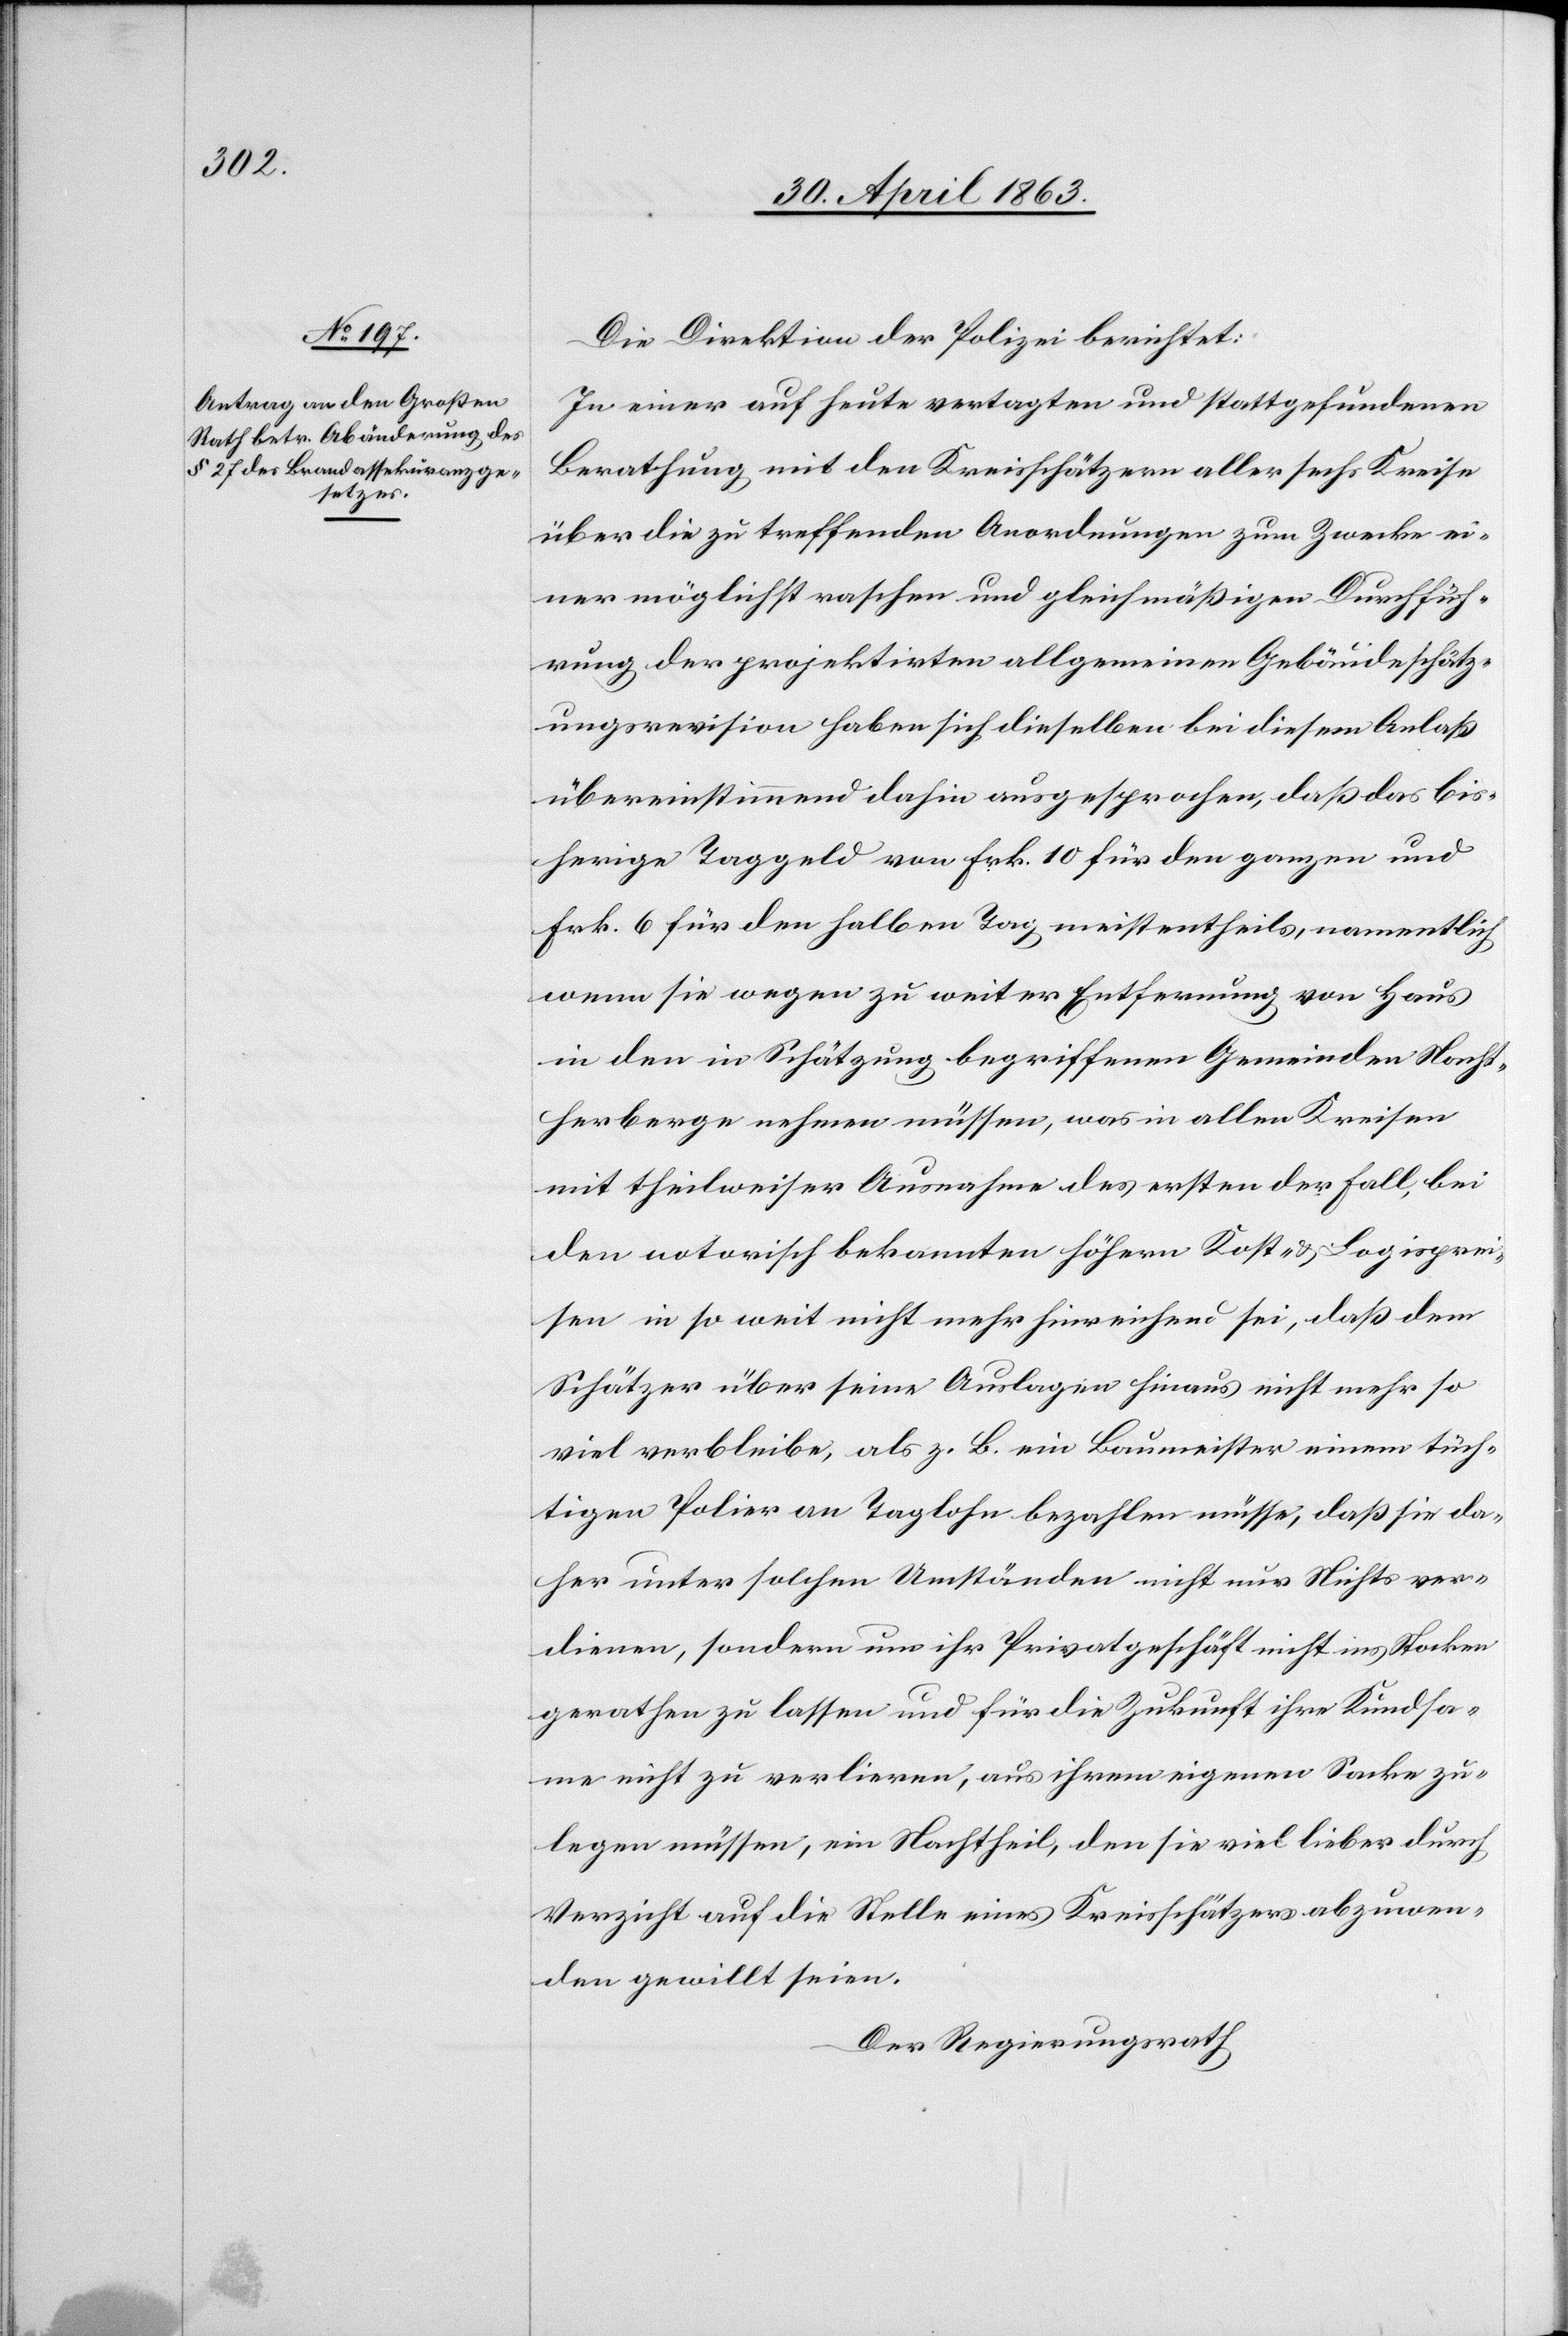
Die Direktion der Polizei berichtet:
In einer auf heute vertagten und stattgefundenen
Berathung mit den Kreisschätzern aller sechs Kreise
über die zu treffenden Anordnungen zum Zwecke ei¬
ner möglichst raschen und gleichmäßigen Durchfüh¬
rung der projektirten allgemeinen Gebäudeschätz¬
ungsrevision haben sich dieselben bei diesem Anlaß
übereinstimmend dahin ausgesprochen, da das bis¬
herige Taggeld von Frk. 10 für den ganzen und
Frk. 6 für den halben Tag meistentheils, namentlich
wenn sie wegen zu weiter Entfernung von Haus
in den in Schätzung begriffenen Gemeinden Nacht¬
herberge nehmen müssen, was in allen Kreisen
mit theilweiser Ausnahme des ersten der Fall, bei
den notorisch bekannten höhern Kost- & Logisprei¬
sen in so weit nicht mehr hinreichend sei, daß dem
Schätzer über seine Auslagen hinaus nicht mehr so
viel verbleibe, als z. B. ein Baumeister einem tüch¬
tigen Polier an Taglohn bezahlen müsse, daß sie da¬
her unter solchen Umständen nicht nur Nichts ver¬
dienen, sondern um ihr Privatgeschäft nicht ins Stocken
gerathen zu lassen und für die Zukunft ihre Kundsa¬
me nicht zu verlieren, aus ihrem eigenen Sacke zu¬
legen müssen, ein Nachtheil, den sie viel lieber durch
Verzicht auf die Stelle eines Kreisschätzers abzuwen¬
den gewillt seien.
Der Regierungsrath